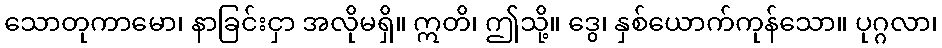
သောတုကာမော၊ နာခြင်းငှာ အလိုမရှိ။ ဣတိ၊ ဤသို့။ ဒွေ၊ နှစ်ယောက်ကုန်သော။ ပုဂ္ဂလာ၊